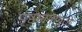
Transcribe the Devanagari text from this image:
पृष्ठभागामुळे